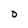
Character: D